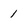
Character: 1